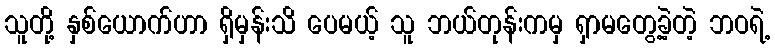
သူတို့ နှစ်ယောက်ဟာ ရှိမှန်းသိ ပေမယ့် သူ ဘယ်တုန်းကမှ ရှာမတွေ့ခဲ့တဲ့ ဘဝရဲ့